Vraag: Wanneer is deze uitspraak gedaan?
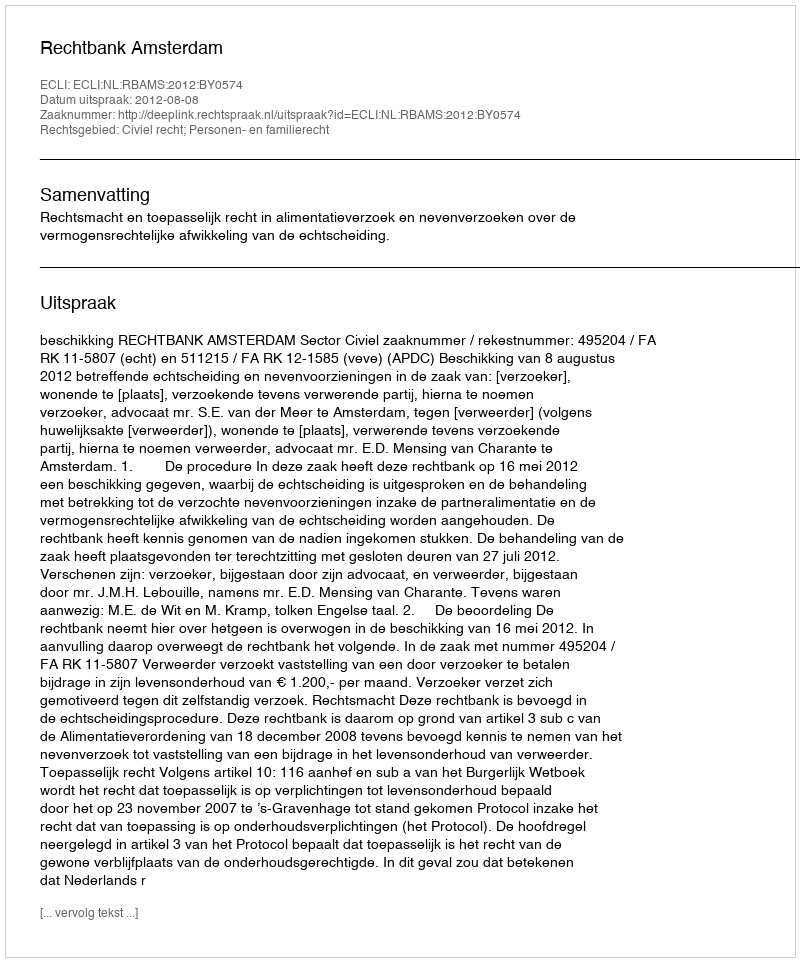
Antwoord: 2012-08-08